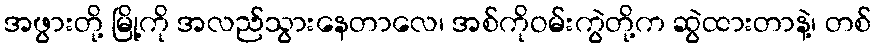
အဖွားတို့ မြို့ကို အလည်သွားနေတာလေ၊ အစ်ကိုဝမ်းကွဲတို့က ဆွဲထားတာနဲ့၊ တစ်